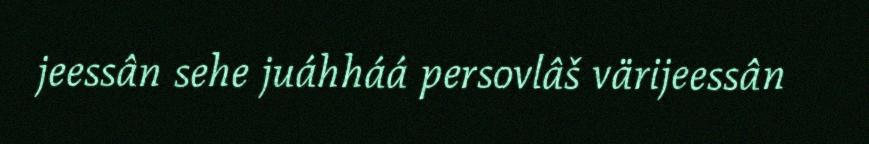
jeessân sehe juáhháá persovlâš värijeessân